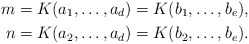
\begin{align*}m=K(a_1,\ldots,a_d)=K(b_1,\ldots,b_e),\\ n=K(a_2,\ldots,a_d)=K(b_2,\ldots,b_e).\end{align*}